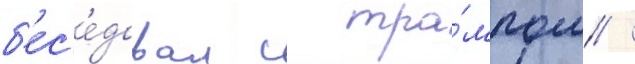
б'ес'е́довал с тра́мпом /